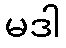
မဒါ